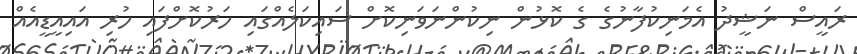
ރައީސް ނަޝީދު އެމަނިކުފާނުގެ ގެ ކޮޅުން ނިކުންނަވަނިކޮށް ސައިކަލެއްގައި ހަރުކޮށްފައި ހުރި އައިއީޑީއެއް